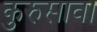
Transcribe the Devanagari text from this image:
कुरुसावा